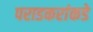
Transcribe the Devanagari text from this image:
पराडकरांकडे